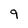
Character: 9